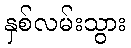
နှစ်လမ်းသွား